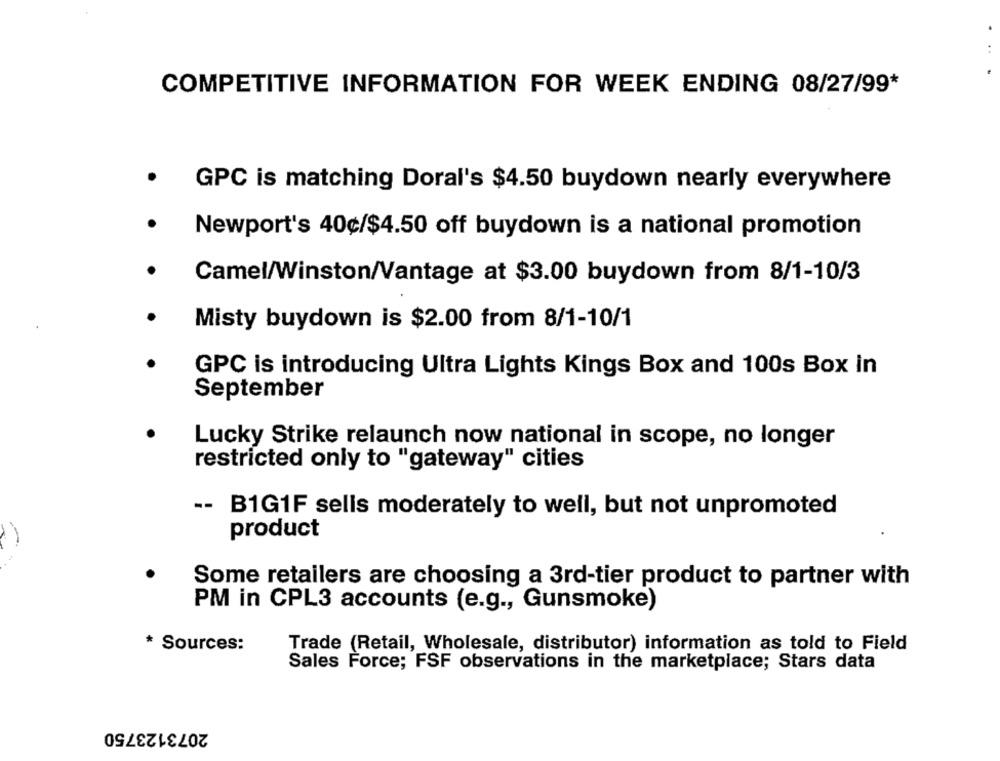
. .
COMPETITIVE INFORMATION FOR WEEK ENDING 08/27/99*
GPC is matching Doral's $4.50 buydown nearly everywhere
Newport's 40¢/$4.50 off buydown is a national promotion
Camel/Winston/Vantage at $3.00 buydown from 8/1-10/3
Misty buydown is $2.00 from 8/1-10/1
GPC is introducing Ultra Lights Kings Box and 100s Box in
September
Lucky Strike relaunch now national in scope, no longer
restricted only to "gateway" cities
-- B1G1F sells moderately to well, but not unpromoted
product
Some retailers are choosing a 3rd-tier product to partner with
PM in CPL3 accounts (e.g ., Gunsmoke)
* Sources:
Trade (Retail, Wholesale, distributor) information as told to Field
Sales Force; FSF observations in the marketplace; Stars data
2073123750